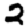
Digit: 2